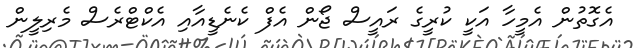
އެގޮތުން އެމީހާ އަކީ ކުރީގެ ރައީސް ޖޯން އެފް ކެނެޑީއާއި އެކްޓްރެސް މެރިލީން